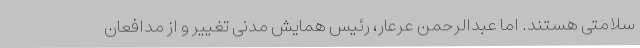
سلامتی هستند. اما عبدالرحمن عرعار، رئیس همایش مدنی تغییر و از مدافعان